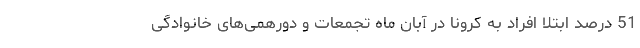
51 درصد ابتلا افراد به کرونا در آبان ماه تجمعات و دورهمی‌های خانوادگی